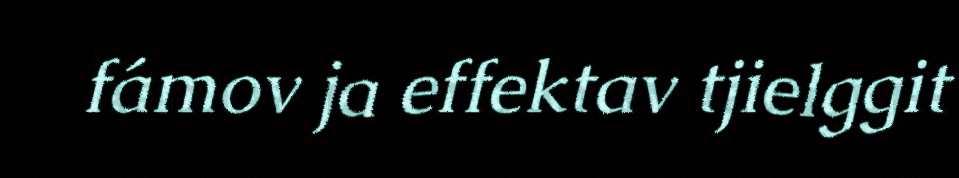
fámov ja effektav tjielggit